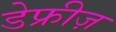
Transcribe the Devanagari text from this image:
डेफ्रीज़